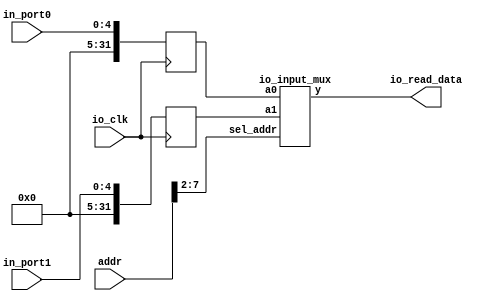
module io_input_reg(addr,io_clk,io_read_data,in_port0,in_port1);
	
	input		[31:0]	addr;
	input		[4:0]	in_port0,in_port1;
	input					io_clk;
	
	output	[31:0]	io_read_data;

	reg		[31:0]	in_reg0,in_reg1;
	
	io_input_mux		io_input_mux2x32(in_reg0,in_reg1,addr[7:2],io_read_data);
	
	always @(posedge io_clk)
		begin
			in_reg0 <= {27'b0,in_port0};
			in_reg1 <= {27'b0,in_port1};
		end

endmodule

module	io_input_mux(a0,a1,sel_addr,y);
	input		[31:0]	a0,a1;
	input		[5:0]		sel_addr;
	output	[31:0]	y;
	
	reg		[31:0]	y;
	
	always @ *
		case(sel_addr)
			6'b110000: y = a0;
			6'b110001: y = a1;
		endcase
endmodule